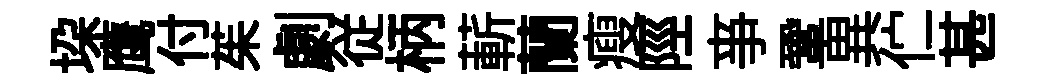
垜鹰付茱劇従柄蔪蘭瘦陘亊鞏異伫甚